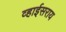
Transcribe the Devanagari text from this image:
व्हाईसराय